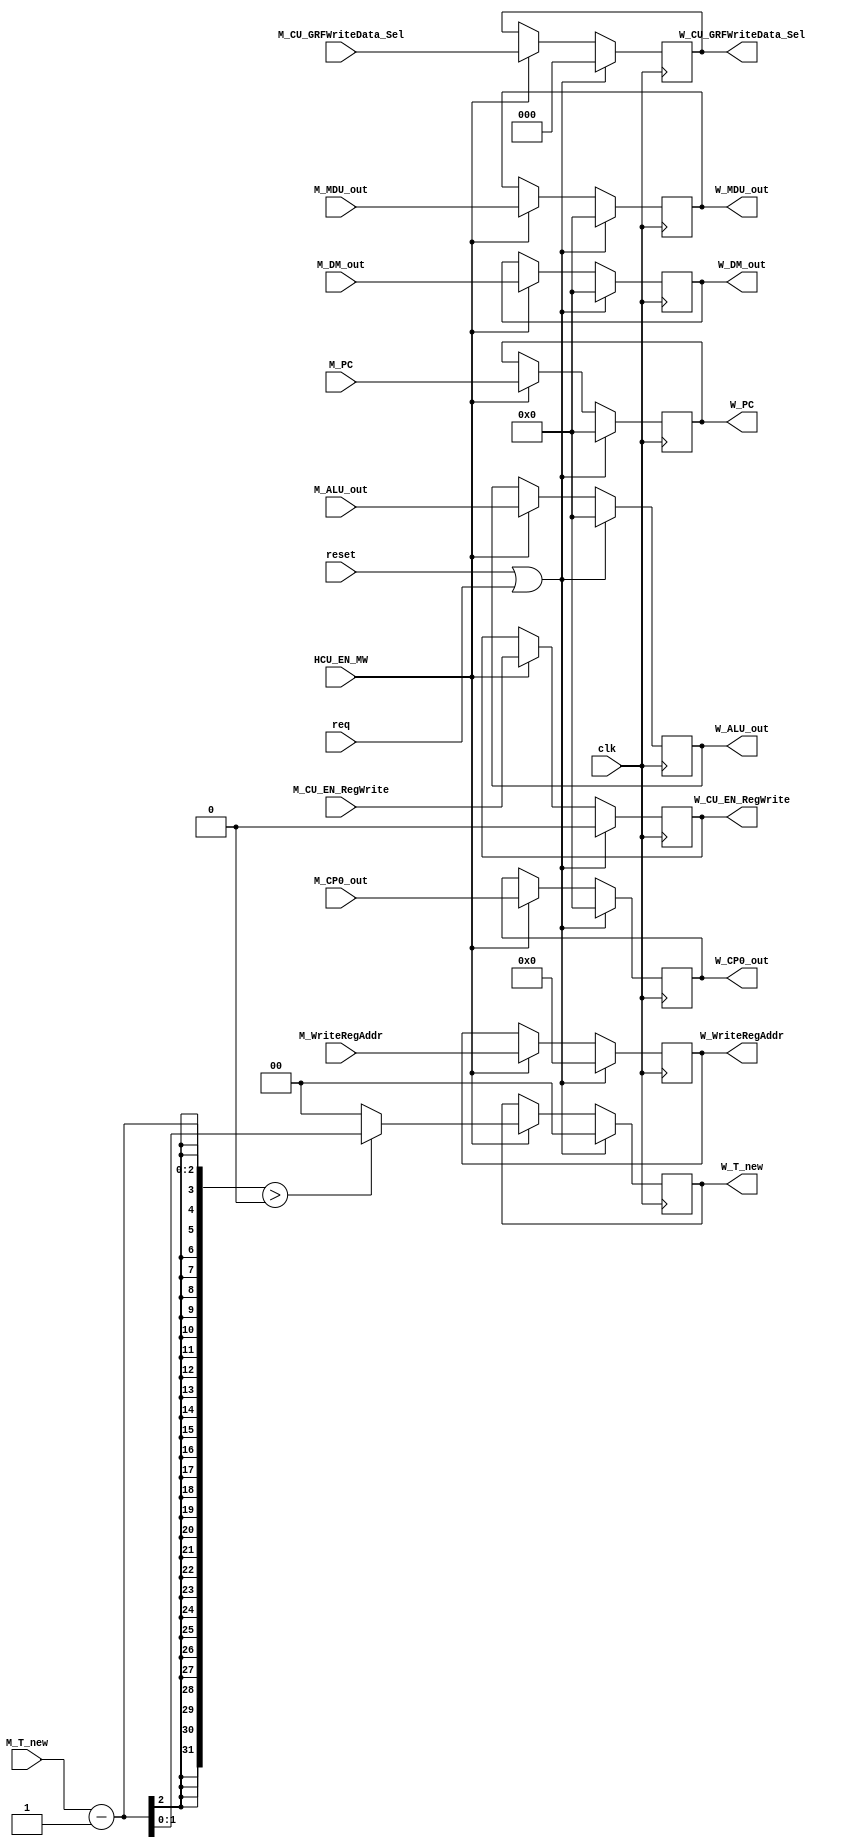
`timescale 1ns / 1ps
//-------------------------------------------------------------------------------------------


//--------------------------------------------------------------------------------------------------------
module M_W (
    input clk,
    input reset,
    input HCU_EN_MW,
    input req,
    input [4:0] M_WriteRegAddr,
    input [31:0] M_ALU_out,
    input [31:0] M_DM_out,
    input [31:0] M_PC,
    input M_CU_EN_RegWrite,
    input [2:0] M_CU_GRFWriteData_Sel,
    input [1:0] M_T_new,
    input [31:0] M_MDU_out,
    input [31:0] M_CP0_out,

    output reg [4:0] W_WriteRegAddr,
    output reg [31:0] W_ALU_out,
    output reg [31:0] W_DM_out,
    output reg [31:0] W_PC,
    output reg W_CU_EN_RegWrite,
    output reg [2:0] W_CU_GRFWriteData_Sel,
    output reg [1:0] W_T_new,  
    output reg [31:0] W_MDU_out,
    output reg [31:0] W_CP0_out
);
//----------------------------------------------------------------------------------------------------


//W_reg-------------------------------------------------------------------------------------------
    always @(posedge clk) begin
        if (reset | req) begin
            W_WriteRegAddr <= 5'b00000;
            W_ALU_out <= 32'H0000_0000;
            W_DM_out <= 32'H0000_0000;
            W_PC <= 32'H0000_0000;
            W_CU_EN_RegWrite <= 1'b0;
            W_CU_GRFWriteData_Sel <= 3'b000;
            W_T_new <= 2'b00;
            W_MDU_out <= 32'H0000_0000;
            W_CP0_out <= 32'H0000_0000;
        end
        else begin
            if (HCU_EN_MW) begin
                W_WriteRegAddr <= M_WriteRegAddr;
                W_ALU_out <= M_ALU_out;
                W_DM_out <=  M_DM_out;
                W_PC <= M_PC;
                W_CU_EN_RegWrite <= M_CU_EN_RegWrite;
                W_CU_GRFWriteData_Sel <= M_CU_GRFWriteData_Sel;
                W_T_new <= (M_T_new - 1 > 0) ? (M_T_new - 1) : 0;     
                W_MDU_out <= M_MDU_out;
                W_CP0_out <= M_CP0_out;
            end
        end
    end
//--------------------------------------------------------------------------------------------------


endmodule